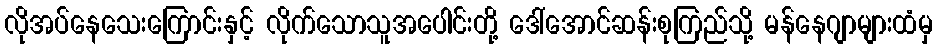
လိုအပ်နေသေးကြောင်းနှင့် လိုက်သောသူအပေါင်းတို့ ဒေါ်အောင်ဆန်းစုကြည်သို့ မန်နေဂျာများထံမှ